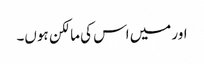
اور میں اس کی مالکن ہوں۔